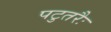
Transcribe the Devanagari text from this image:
पटुतरैः